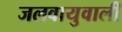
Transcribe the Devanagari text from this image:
जलवायुवाली